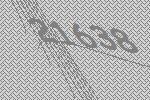
21638